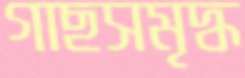
গাছসমৃদ্ধ